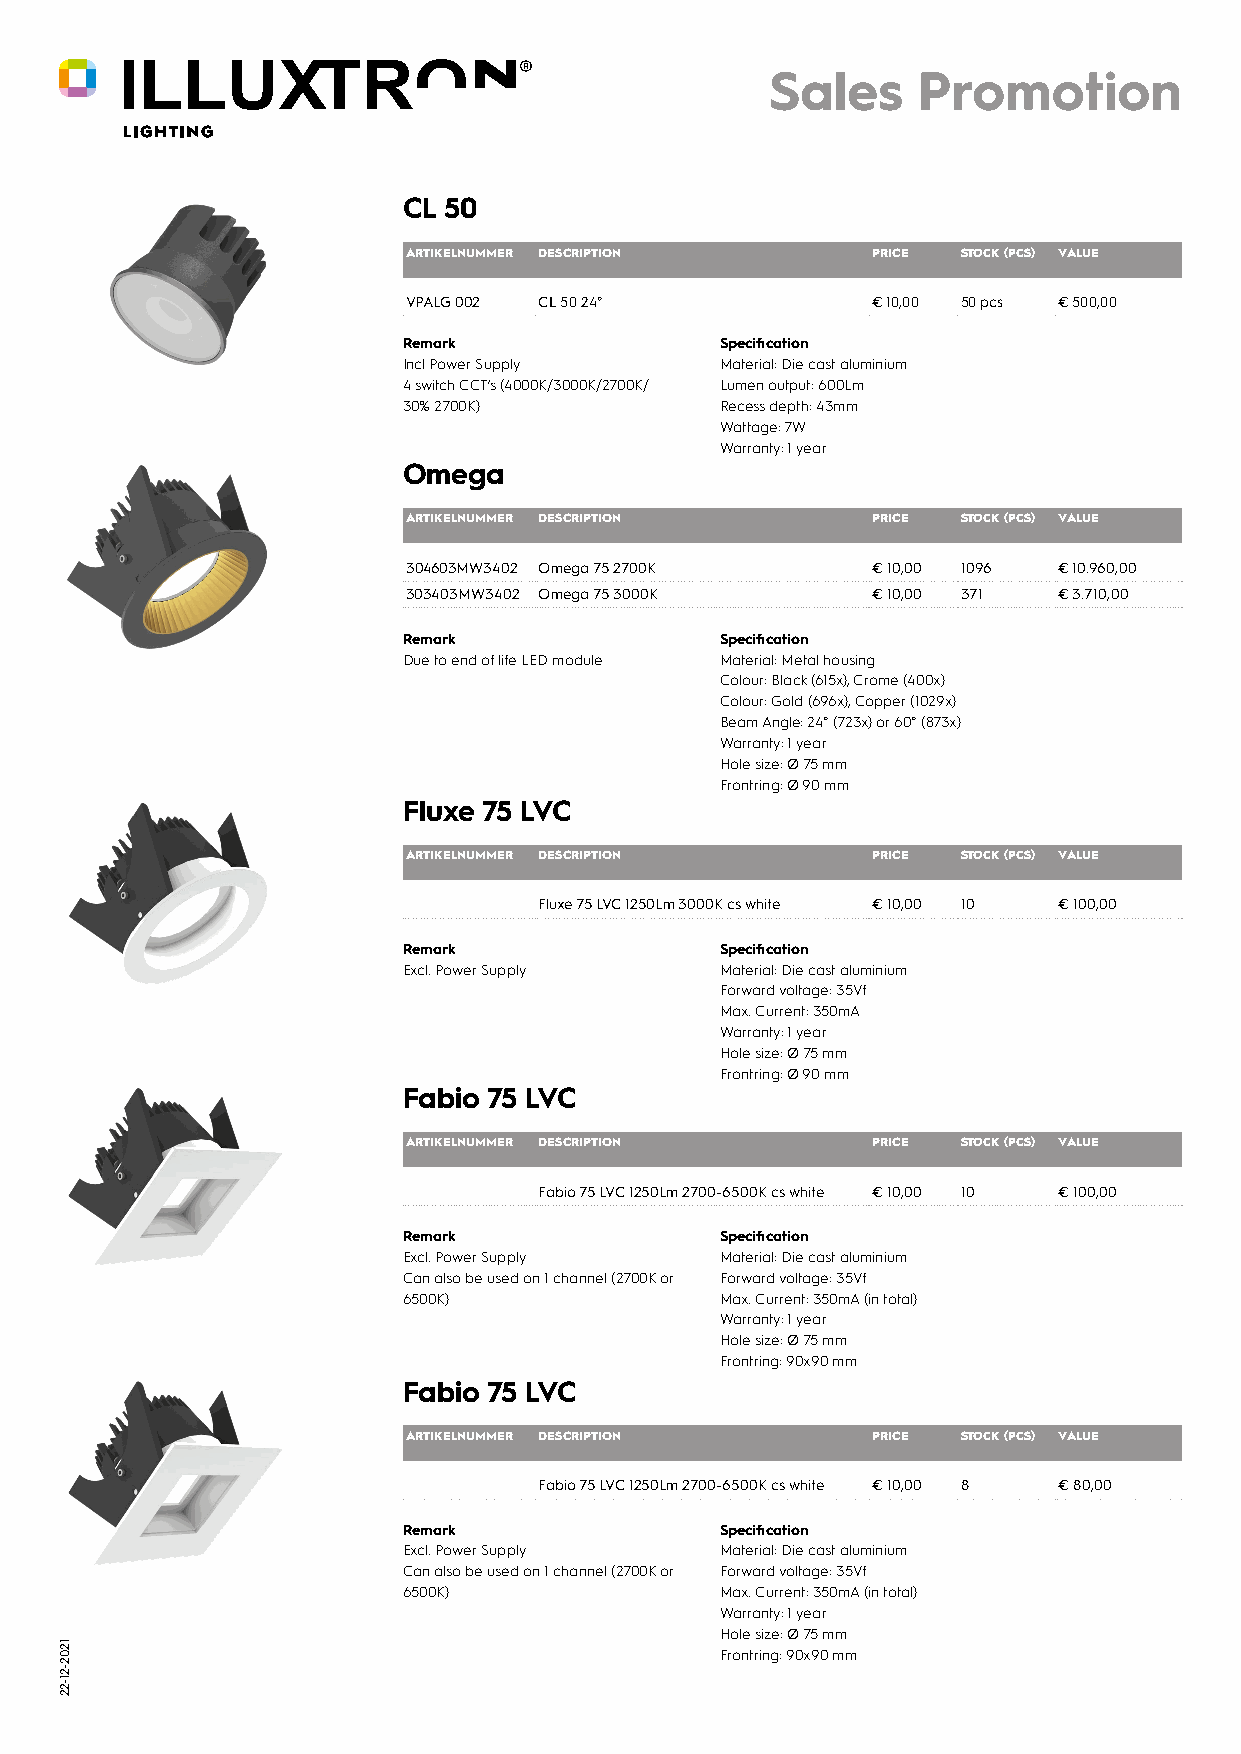
Sales     Promotion
 CL 50
 ARTIKELNUMMER DESCRIPTION      PRICE STOCK (PCS) VALUE
 VPALG 002 CL 50 24°            € 10,00 50 pcs € 500,00
 Remark               Specification
 Incl Power Supply    Material: Die cast aluminium
 4 switch CCT’s (4000K/3000K/2700K/ Lumen output: 600Lm
 30% 2700K)           Recess depth: 43mm
 Wattage: 7W
 Warranty: 1 year
 Omega
 ARTIKELNUMMER DESCRIPTION      PRICE STOCK (PCS) VALUE
 304603MW3402 Omega 75 2700K    € 10,00 1096 € 10.960,00
 303403MW3402 Omega 75 3000K    € 10,00 371 € 3.710,00
 Remark               Specification
 Due to end of life LED module Material: Metal housing
 Colour: Black (615x), Crome (400x)
 Colour: Gold (696x), Copper (1029x)
 Beam Angle: 24° (723x) or 60° (873x)
 Warranty: 1 year
 Hole size: Ø 75 mm
 Frontring: Ø 90 mm
 Fluxe 75 LVC
 ARTIKELNUMMER DESCRIPTION      PRICE STOCK (PCS) VALUE
 Fluxe 75 LVC 1250Lm 3000K cs white € 10,00 10 € 100,00
 Remark               Specification
 Excl. Power Supply   Material: Die cast aluminium
 Forward voltage: 35Vf
 Max. Current: 350mA
 Warranty: 1 year
 Hole size: Ø 75 mm
 Frontring: Ø 90 mm
 Fabio 75 LVC
 ARTIKELNUMMER DESCRIPTION      PRICE STOCK (PCS) VALUE
 Fabio 75 LVC 1250Lm 2700-6500K cs white € 10,00 10 € 100,00
 Remark               Specification
 Excl. Power Supply   Material: Die cast aluminium
 Can also be used on 1 channel (2700K or Forward voltage: 35Vf
 6500K)               Max. Current: 350mA (in total)
 Warranty: 1 year
 Hole size: Ø 75 mm
 Frontring: 90x90 mm
 Fabio 75 LVC
 ARTIKELNUMMER DESCRIPTION      PRICE STOCK (PCS) VALUE
 Fabio 75 LVC 1250Lm 2700-6500K cs white € 10,00 8 € 80,00
 Remark               Specification
 Excl. Power Supply   Material: Die cast aluminium
 Can also be used on 1 channel (2700K or Forward voltage: 35Vf
 6500K)               Max. Current: 350mA (in total)
 Warranty: 1 year
 Hole size: Ø 75 mm
 Frontring: 90x90 mm
 1202-21-22